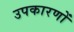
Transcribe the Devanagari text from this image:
उपकारणों